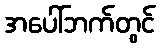
အပေါ်ဘက်တွင်